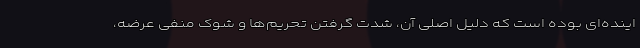
اینده‌ای بوده است که دلیل اصلی آن، شدت گرفتن تحریم‌ها و شوک منفی عرضه،